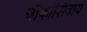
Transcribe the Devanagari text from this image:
चौकांशिवाय